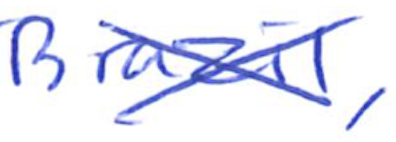
Text: Brazil,
Cross-out: cross
Writing tool: ballpoint